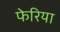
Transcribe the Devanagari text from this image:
फेरिया